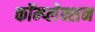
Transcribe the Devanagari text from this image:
कॉम्प्लेक्शन